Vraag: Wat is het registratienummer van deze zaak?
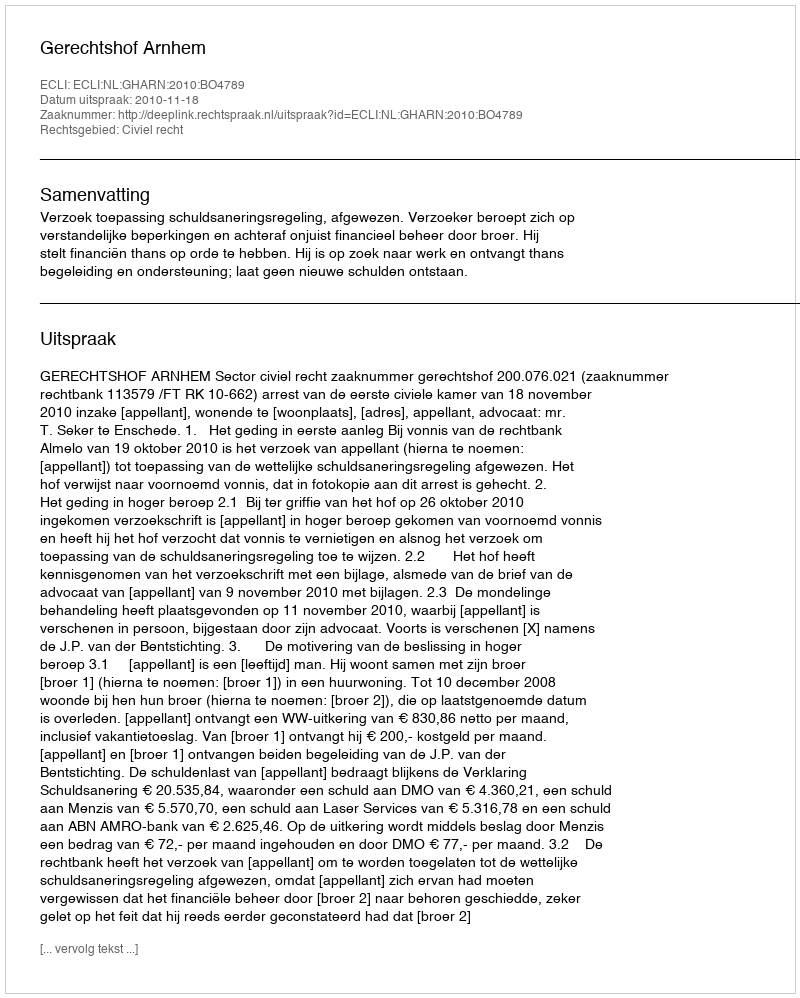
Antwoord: http://deeplink.rechtspraak.nl/uitspraak?id=ECLI:NL:GHARN:2010:BO4789